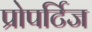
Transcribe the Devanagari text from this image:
प्रोपर्टिज